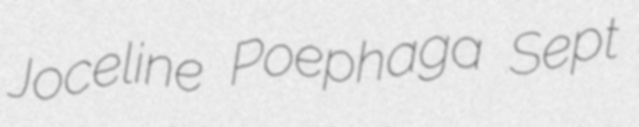
Joceline Poephaga Sept